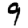
Digit: 9